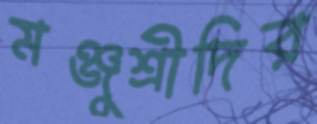
মঞ্জুশ্রীদির